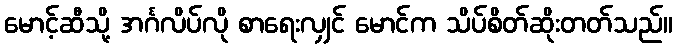
မောင့်ဆီသို့ အင်္ဂလိပ်လို စာရေးလျှင် မောင်က သိပ်စိတ်ဆိုးတတ်သည်။